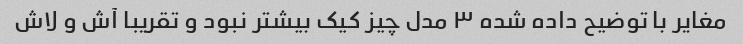
مغایر با توضیح داده شده ۳ مدل چیز کیک بیشتر نبود و تقریبا آش و لاش